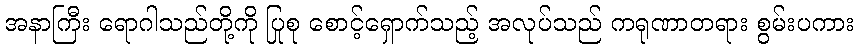
အနာကြီး ရောဂါသည်တို့ကို ပြုစု စောင့်ရှောက်သည့် အလုပ်သည် ကရုဏာတရား စွမ်းပကား